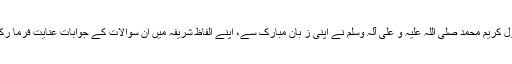
کائنات کی سب سے سچی ہستی اللہ عزّ و جلّ کے رسول کریم محمد صلی اللہ علیہ و علی آلہ وسلم نے اپنی ز ُبان مُبارک سے، اپنے اِلفاظ شریفہ میں اِن سوالات کے جوابات عنایت فرما رکھے، توجہ، تحمل اور تدبر کے ساتھ مطالعہ فرمائیے۔